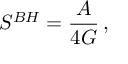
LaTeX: S ^ { B H } = { \frac { \cal A } { 4 G } } \, ,